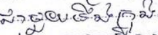
ជាមួយនឹងក្រុង